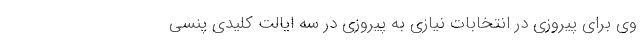
وی برای پیروزی در انتخابات نیازی به پیروزی در سه ایالت کلیدی پنسی